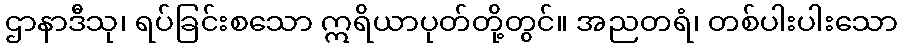
ဌာနာဒီသု၊ ရပ်ခြင်းစသော ဣရိယာပုတ်တို့တွင်။ အညတရံ၊ တစ်ပါးပါးသော